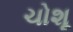
ચોશૂ